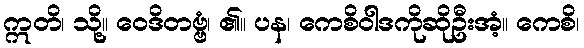
ဣတိ၊ သို့။ ဝေဒိတဗ္ဗံ၊ ၏။ ပန၊ ကေစိဝါဒကိုဆိုဦးအံ့။ ကေစိ၊